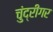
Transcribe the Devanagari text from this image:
चुंद्रीगर